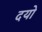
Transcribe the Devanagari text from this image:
दयो